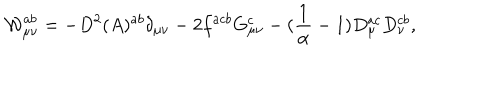
{ \cal { W } } _ { \mu \nu } ^ { a b } = - D ^ { 2 } ( A ) ^ { a b } \delta _ { \mu \nu } - 2 f ^ { a c b } G _ { \mu \nu } ^ { c } - ( { \frac { 1 } { \alpha } } - 1 ) D _ { \mu } ^ { a c } D _ { \nu } ^ { c b } ,